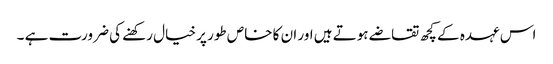
اس عہدہ کے کچھ تقاضے ہوتے ہیں اور ان کا خاص طور پر خیال رکھنے کی ضرورت ہے ۔